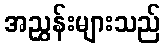
အညွှန်းများသည်